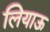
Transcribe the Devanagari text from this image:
लियाऊ